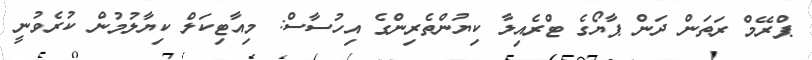
ޕްރޭމް ރަތަން ދަން ޕާޔޯގެ ޓްރެއިލާ ކިޔުންތެރިންގެ އިހުސާސް: މިއާޓިކަލް ކިޔާލުމުން ކުރެވުނީ